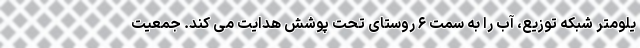
یلومتر شبکه توزیع، آب را به سمت ۶ روستای تحت پوشش هدایت می کند. جمعیت